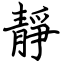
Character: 靜